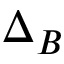
\Delta _ { B }